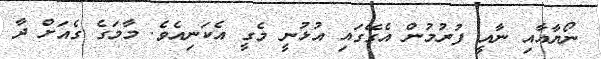
ނޯޔާއާއި ނާއީ ފުރުމުން އެގޭގައި އުޅުނީ މެގީ އެކަނިއެވެ. މާމަގެ ގެއަށް ދާ